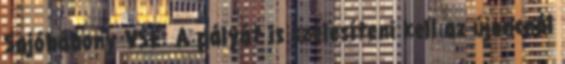
Sajóbábony VSE: A pályát is szélesíteni kell az újoncnál